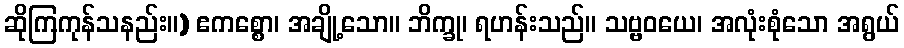
ဆိုကြကုန်သနည်း။) ဧကစ္စော၊ အချို့သော။ ဘိက္ခု၊ ရဟန်းသည်။ သဗ္ဗဝယေ၊ အလုံးစုံသော အရွယ်